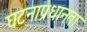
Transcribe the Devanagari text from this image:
घटनाप्रधानता